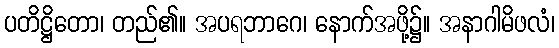
ပတိဋ္ဌိတော၊ တည်၏။ အပရဘာဂေ၊ နောက်အဖို့၌။ အနာဂါမိဖလံ၊